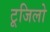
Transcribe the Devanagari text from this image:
टूजिलो